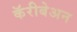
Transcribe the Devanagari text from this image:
कॅरीबेअन